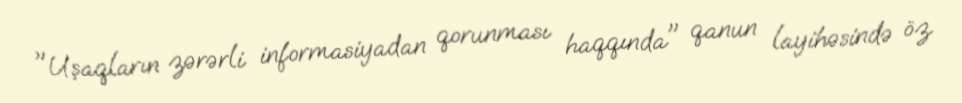
"Uşaqların zərərli informasiyadan qorunması haqqında" qanun layihəsində öz